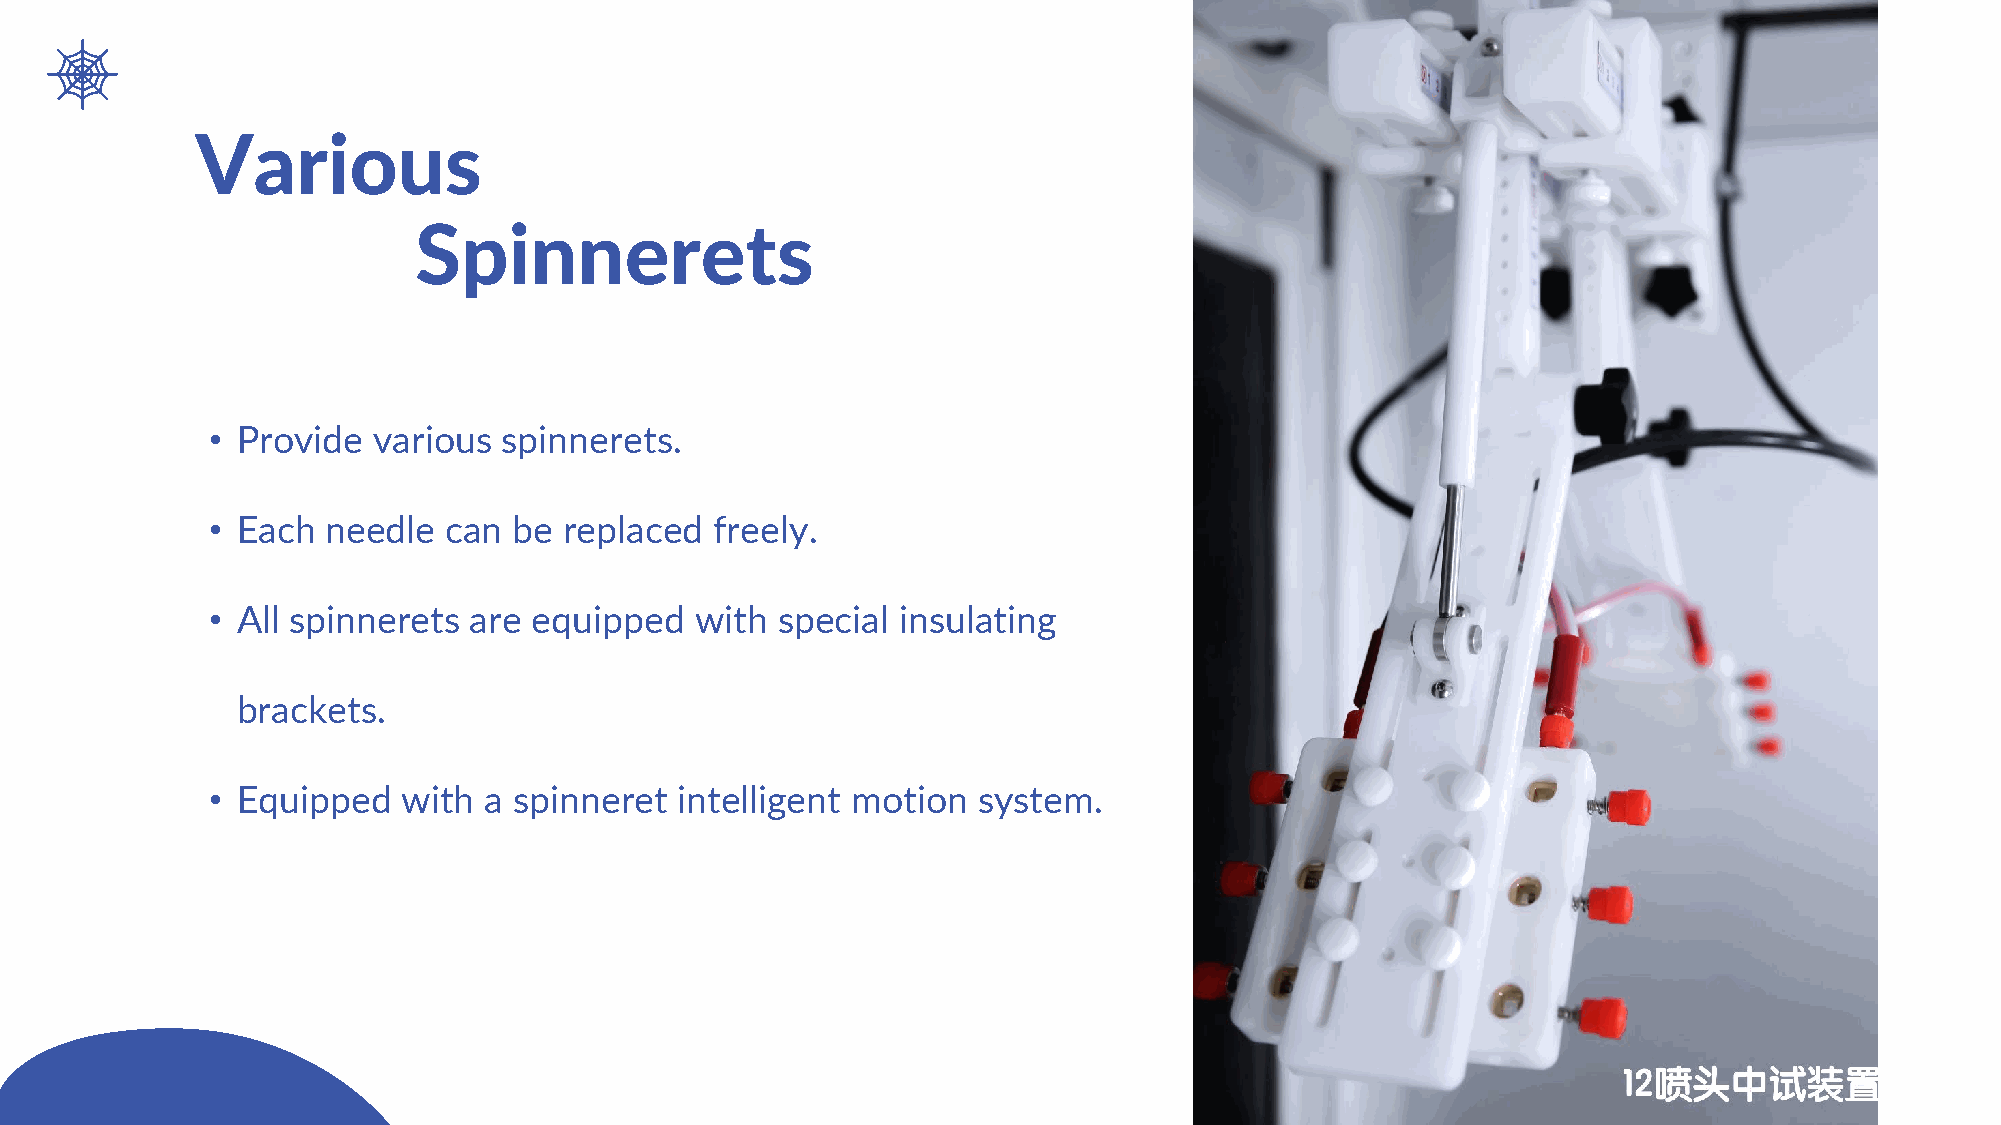
Various
 Spinnerets
 • Provide  various spinnerets.
 • Each  needle can  be replaced  freely.
 • All spinnerets are equipped   with  special insulating
 brackets.
 • Equipped   with a spinneret  intelligent motion  system.